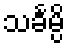
သင်္ခမ္ပိ